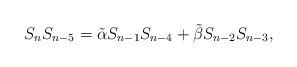
LaTeX: \begin{align*}S_{n}S_{n-5}=\tilde{\alpha} S_{n-1}S_{n-4}+\tilde{\beta} S_{n-2}S_{n-3},\end{align*}